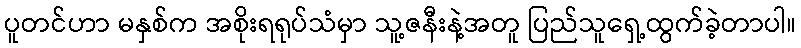
ပူတင်ဟာ မနှစ်က အစိုးရရုပ်သံမှာ သူ့ဇနီးနဲ့အတူ ပြည်သူရှေ့ထွက်ခဲ့တာပါ။